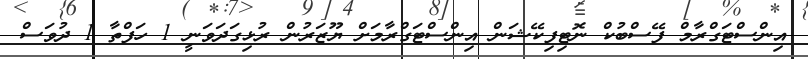
އިންސްޓަގްރާމް ފޭސްބުކް ނޮޓިފިކޭޝަން އިންސްޓަގްރާމަށް ޔޫޒަރުން ރުޅިގަދަވަނީ 1 ހަފްތާ 1 ދުވަސް